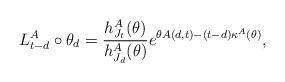
LaTeX: \begin{align*}L^{A}_{t-d} \circ \theta_{d} = \frac{h_{J_t}^{A}{(\theta)}}{h_{J_d}^{A}{(\theta)}} e^{\theta A(d,t) - (t-d)\kappa^{A}(\theta)},\end{align*}